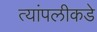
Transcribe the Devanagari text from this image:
त्यांपलीकडे